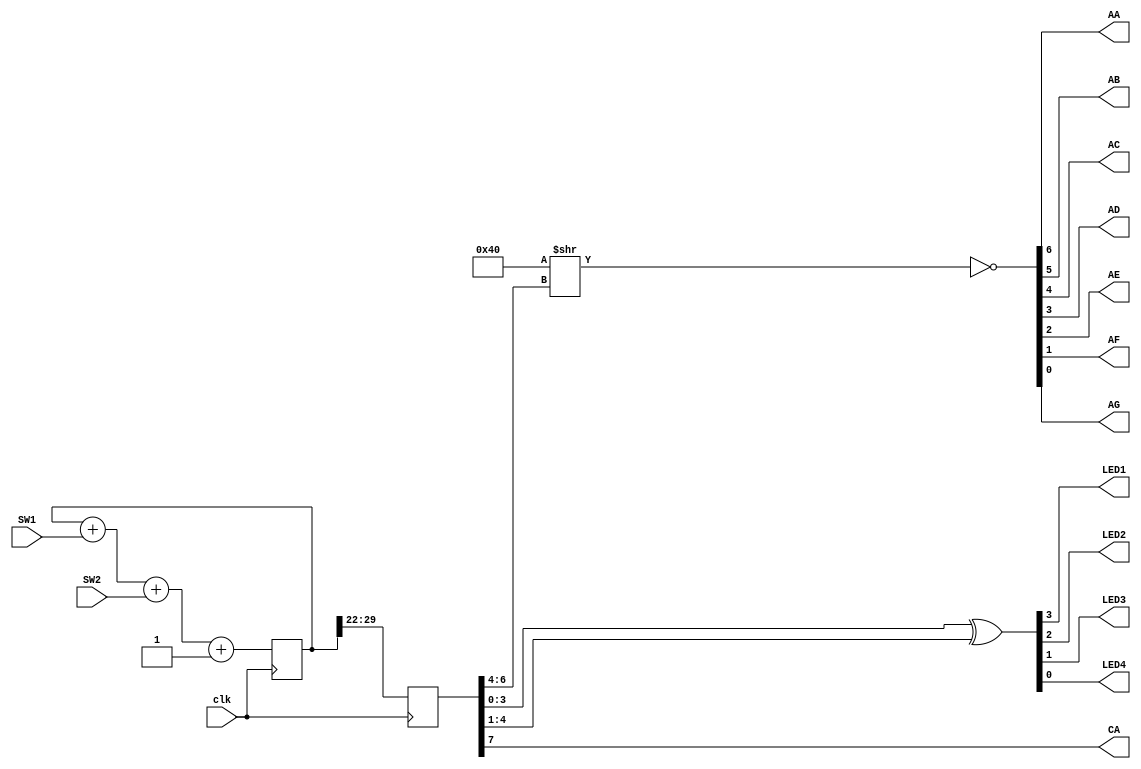
module example (
	input  clk,
	input  SW1,
	input  SW2,
	output LED1,
	output LED2,
	output LED3,
	output LED4,

	output AA, AB, AC, AD,
	output AE, AF, AG, CA
);

	localparam BITS = 8;
	localparam LOG2DELAY = 22;

	reg [BITS+LOG2DELAY-1:0] counter = 0;
	reg [BITS-1:0] outcnt;

	always @(posedge clk) begin
		counter <= counter + SW1 + SW2 + 1;
		outcnt <= counter >> LOG2DELAY;
	end

	assign {LED1, LED2, LED3, LED4} = outcnt ^ (outcnt >> 1);

	// assign CA = counter[10];
	// seg7enc seg7encinst (
	// 	.seg({AA, AB, AC, AD, AE, AF, AG}),
	// 	.dat(CA ? outcnt[3:0] : outcnt[7:4])
	// );

	assign {AA, AB, AC, AD, AE, AF, AG} = ~(7'b 100_0000 >> outcnt[6:4]);
	assign CA = outcnt[7];
endmodule